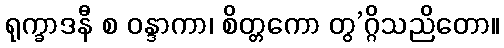
ရုက္ခာဒနီ စ ဝန္ဒာကာ၊ စိတ္တကော တွ’ဂ္ဂိသညိတော။